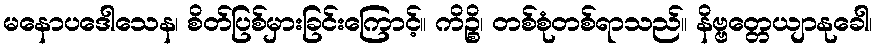
မနောပဒေါသေန၊ စိတ်ပြစ်မှားခြင်းကြောင့်။ ကိဉ္စိ၊ တစ်စုံတစ်ရာသည်။ နိဗ္ဗတ္တေယျာနုခေါ၊